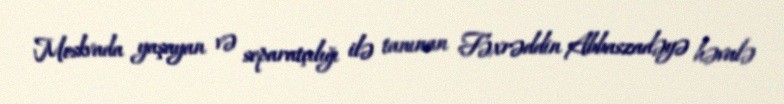
Moskvada yaşayan və separatçılığı ilə tanınan Fəxrəddin Abbaszadəyə həvalə